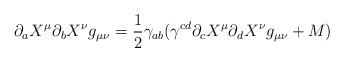
LaTeX: \begin{align*}\partial_{a} X^{\mu}\partial_{b} X^{\nu} g_{\mu \nu} =\frac {1}{2} \gamma_{ab} (\gamma^{cd}\partial_{c} X^{\mu}\partial_{d} X^{\nu} g_{\mu \nu} + M )\end{align*}